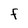
Character: F